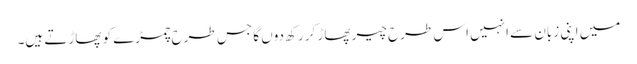
میں اپنی زبان سے انہیں اس طرح چیر پھاڑ کر رکھ دوں گا جس طرح چمڑے کو پھاڑتے ہیں۔